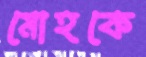
মোহকে